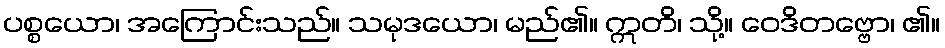
ပစ္စယော၊ အကြောင်းသည်။ သမုဒယော၊ မည်၏။ ဣတိ၊ သို့။ ဝေဒိတဗ္ဗော၊ ၏။